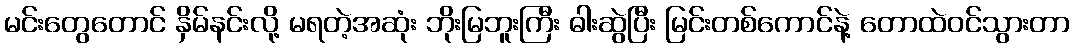
မင်းတွေတောင် နှိမ်နင်းလို့ မရတဲ့အဆုံး ဘိုးမြဘူးကြီး ဓါးဆွဲပြီး မြင်းတစ်ကောင်နဲ့ တောထဲဝင်သွားတာ